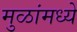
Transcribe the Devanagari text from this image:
मुळांमध्ये